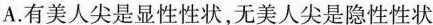
A.有美人尖是显性性状，无美人尖是隐性性状